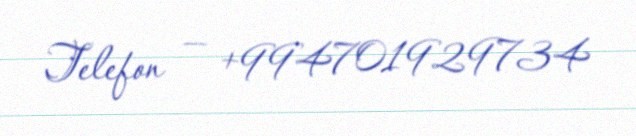
Telefon — +994701929734